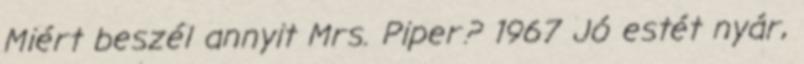
Miért beszél annyit Mrs. Piper? 1967 Jó estét nyár,